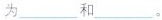
为___和___。